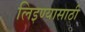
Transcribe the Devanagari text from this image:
लिइण्यासाठी